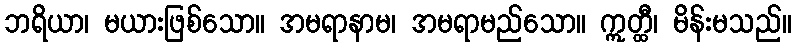
ဘရိယာ၊ မယားဖြစ်သော။ အမရာနာမ၊ အမရာမည်သော။ ဣတ္ထီ၊ မိန်းမသည်။